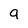
Character: g